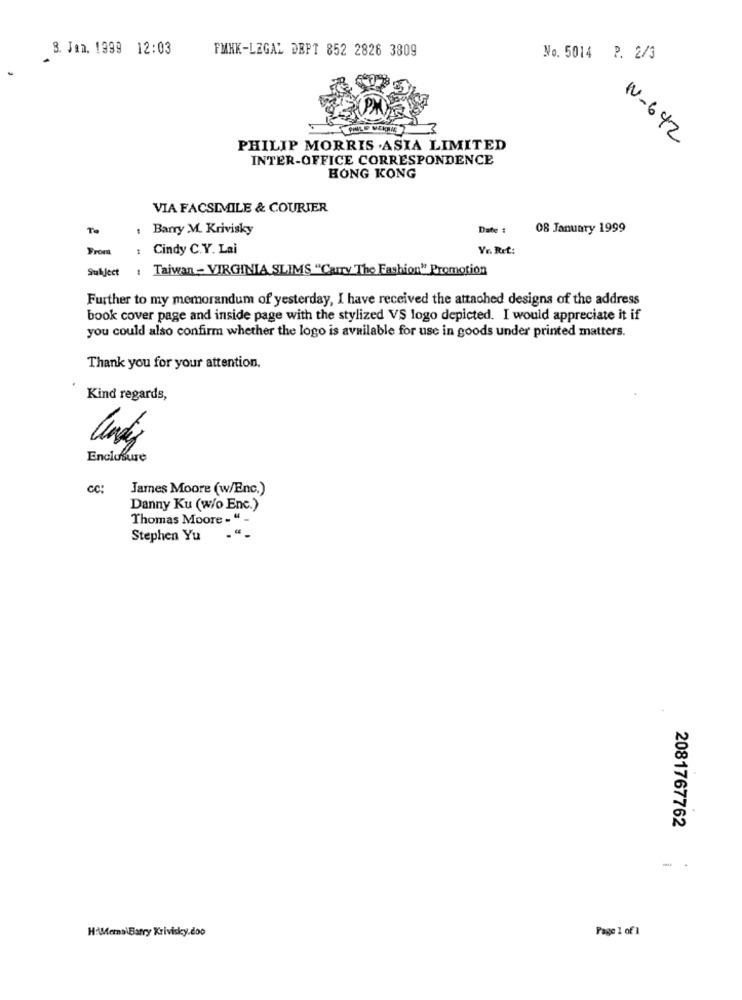
8. Jan. 1999 12:03
FMXK-LEGAL DEPT 852 2826 3809
No. 5014 P. 2/3
3
IN-642
PHILIP MORRIS .ASIA LIMITED
INTER-OFFICE CORRESPONDENCE
HONG KONG
VIA FACSIMILE & COURIER
Te
Barry M. Krivisky
Date :
08 January 1999
From
: Cindy C.Y. Lai
Yr. Ret:
Subject
: Taiwan - VIRGINIA SLIMS "Carry The Fashion" Promotion
Further to my memorandum of yesterday, I have received the attached designs of the address
book cover page and inside page with the stylized VS logo depicted. I would appreciate it if
you could also confirm whether the logo is available for use in goods under printed matters.
Thank you for your attention.
Kind regards,
Enclosure
cc:
James Moore (w/Enc.)
Danny Ku (w/o Enc.)
Thomas Moore -" -
Stephen Yu
2081767762
- .
H:AMerna\Barry Krivisky.doo
Page 1 of 1